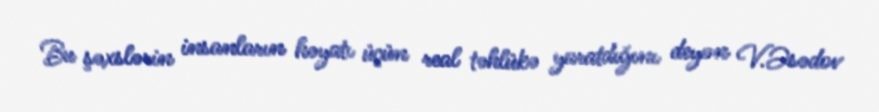
Bu şəxslərin insanların həyatı üçün real təhlükə yaratdığını deyən V.Əsədov